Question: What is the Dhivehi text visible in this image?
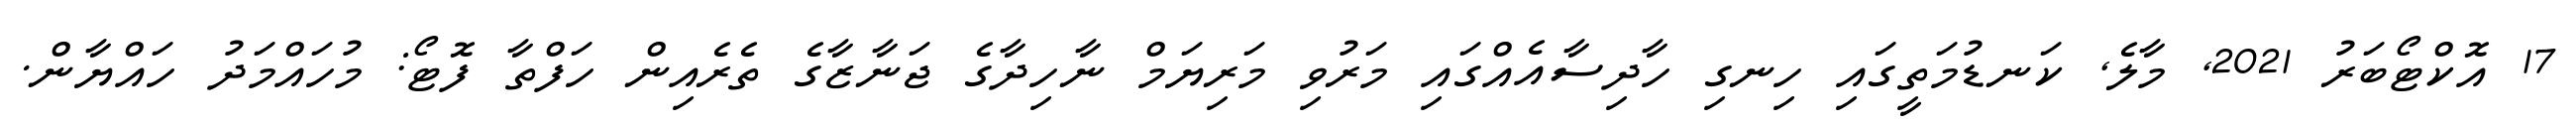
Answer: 17 އޮކްޓޯބަރު 2021, މާލެ, ކަނޑުމަތީގައި ހިނގި ހާދިސާއެއްގައި މަރުވި މަރިޔަމް ނާހިދާގެ ޖަނާޒާގެ ތެރެއިން ހަފްތާ ފޮޓޯ: މުހައްމަދު ހައްޔާން.